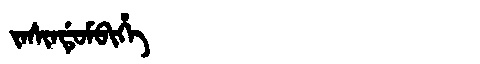
Manchu: ᠵᠠᠰᡳᠨᡩᡠᠮᠪᡳᡥᡝ
Romanization: JASINDUMBIHE